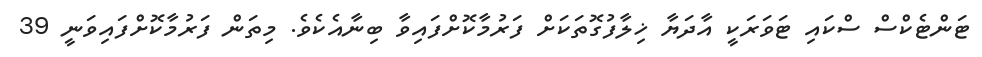
ޓަންޓެކްސް ސްކައި ޓަވަރަކީ އާދަޔާ ޚިލާފުގޮތަކަށް ފަރުމާކޮށްފައިވާ ބިނާއެކެވެ. މިތަން ފަރުމާކޮށްފައިވަނީ 39